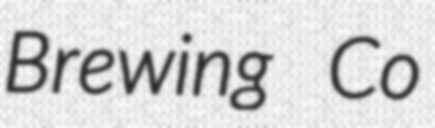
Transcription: Brewing Co